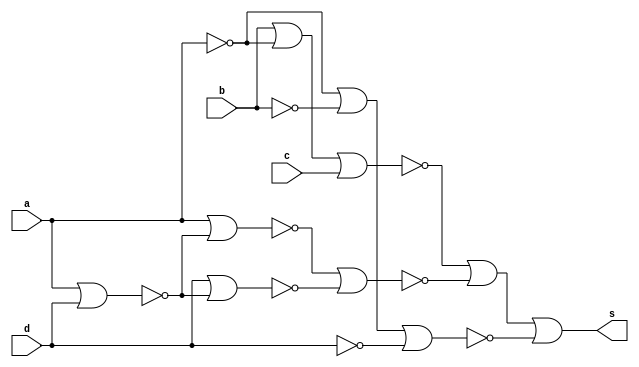
// ---------------------
// Guia 08_05 - Simplicao de circuitos por Quine-McCluskey
// Nome: Alyson Deives
// ---------------------

// -------------------------------
// -- Ex_05
// -------------------------------

module ex05 (s,a,b,c,d);
output s;
input a,b,c,d;

nor NOR1 (temp1,a,a);
nor NOR2 (temp2,b,temp1);
nor NOR3 (temp14,temp2,temp2);
nor NOR4 (temp3,temp14,c);
nor NOR5 (temp4,a,d);
nor NOR6 (temp5,a,temp4);
nor NOR7 (temp6,d,temp4);
nor NOR8 (temp7,temp5,temp6);
nor NOR9 (temp8,a,a);
nor NOR10 (temp9,b,b);
nor NOR11 (temp10,temp8,temp9);
nor NOR12 (temp11,temp10,temp10);
nor NOR13 (temp12,d,d);
nor NOR14 (temp13,temp11,temp12);
nor NOR15 (temp15,temp3,temp7,temp13);
nor NOR16 (s,temp15,temp15);

endmodule // ex05

// -----------------------------
// -- test Ex05
// -----------------------------

module test;
 reg a,b,c,d;
 wire s;
           
// instancia
ex05 EX05(s,a,b,c,d);
 
initial begin:start
      a=0;b=0;c=0;d=0;
 end
 
 
 // parte principal
 initial begin:main
      $display("Guia 08_05 - Alyson Deives - 416589");
      $display("Simplificao de Circuitos por Quine McCluskey\n");
		$display("\nA B C D | S  \n");
		$monitor("%b %b %b %b | %b", a,b,c,d,s); 
  
  		#1 a=0;b=0;c=0;d=0;
		#1 a=0;b=0;c=0;d=1;
		#1 a=0;b=0;c=1;d=0;
		#1 a=0;b=0;c=1;d=1;
		#1 a=0;b=1;c=0;d=0;
		#1 a=0;b=1;c=0;d=1;
		#1 a=0;b=1;c=1;d=0;
		#1 a=0;b=1;c=1;d=1;
		#1 a=1;b=0;c=0;d=0;
		#1 a=1;b=0;c=0;d=1;
		#1 a=1;b=0;c=1;d=0;
		#1 a=1;b=0;c=1;d=1;
		#1 a=1;b=1;c=0;d=0;
		#1 a=1;b=1;c=0;d=1;
		#1 a=1;b=1;c=1;d=0;
		#1 a=1;b=1;c=1;d=1;
end		
endmodule // test

	 // -----------------------------
	 // -- TESTE
	 // -----------------------------
    // -- Guia 08_05 - Alyson Deives - 416589
    // -- Simplificao de Circuitos por Quine McCluskey
    // -- 
    // -- 
//     -- A B C D | S  
//     -- 
//     -- 0 0 0 0 | 1
//     -- 0 0 0 1 | 0
//     -- 0 0 1 0 | 1
//     -- 0 0 1 1 | 0
//     -- 0 1 0 0 | 1
//     -- 0 1 0 1 | 0
//     -- 0 1 1 0 | 1
//     -- 0 1 1 1 | 0
//     -- 1 0 0 0 | 1
//     -- 1 0 0 1 | 1
//     -- 1 0 1 0 | 0
//     -- 1 0 1 1 | 1
//     -- 1 1 0 0 | 0
//     -- 1 1 0 1 | 1
//     -- 1 1 1 0 | 0
//     -- 1 1 1 1 | 1